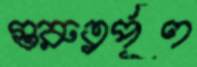
গুরুত্বর্পূণ